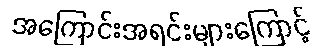
အကြောင်းအရင်းများကြောင့်